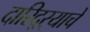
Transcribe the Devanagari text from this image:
दारिद्‌ऱ्याचे